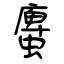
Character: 螷